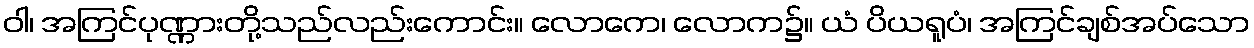
ဝါ၊ အကြင်ပုဏ္ဏားတို့သည်လည်းကောင်း။ လောကေ၊ လောက၌။ ယံ ပိယရူပံ၊ အကြင်ချစ်အပ်သော